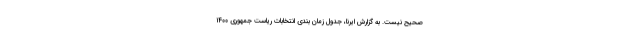
صحیح نیست. به گزارش ایرنا، جدول زمان بندی انتخابات ریاست جمهوری ۱۴۰۰